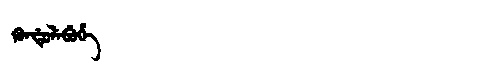
Manchu: ᡴᡠᠨᡩᡠᠯᡝᠪᡠᡥᡝ
Romanization: KUNDULEBUHE